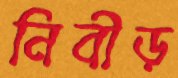
নিবীড়